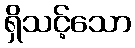
ရှိသင့်သော